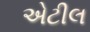
એટીલ